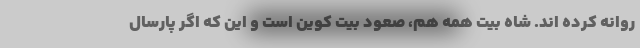
روانه کرده اند. شاه بیت همه هم، صعود بیت کوین است و این که اگر پارسال